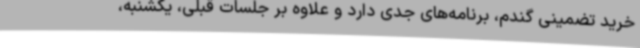
خرید تضمینی گندم، برنامه‌های جدی دارد و علاوه بر جلسات قبلی، یکشنبه،